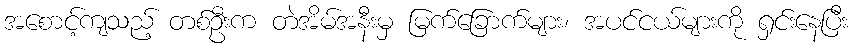
အစောင့်ကျသည့် တစ်ဦးက တဲအိမ်အနီးမှ မြက်ခြောက်များ၊ အပင်ငယ်များကို ရှင်းနေပြီး